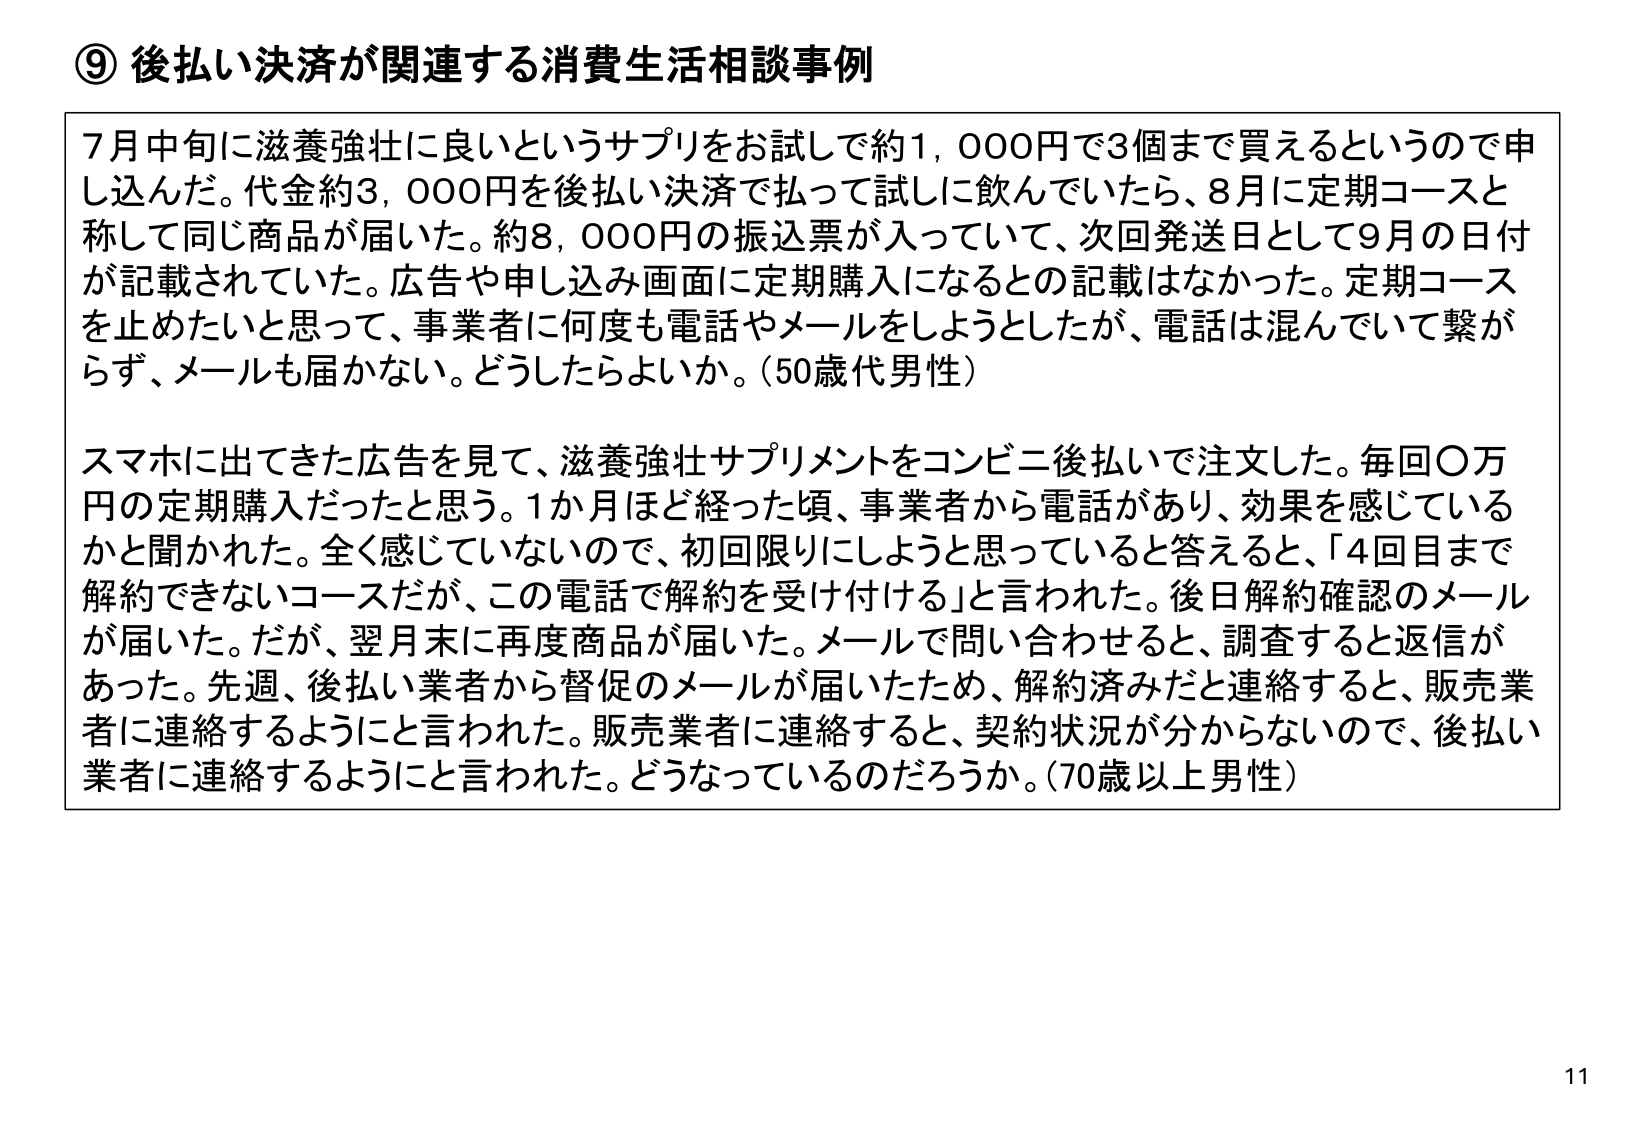
⑨ 後払い決済が関連する消費生活相談事例

7月中旬に滋養強壮に良いというサプリをお試しで約1,000円で3個まで買えるというので申し込んだ。代金約3,000円を後払い決済で払って試しに飲んでいたら、8月に定期コースと称して同じ商品が届いた。約8,000円の振込票が入っていて、次回発送日として9月の日付が記載されていた。広告や申し込み画面に定期購入になるとの記載はなかった。定期コースを止めたいと思って、事業者に何度も電話やメールをしようとしたが、電話は混んでいて繋がらず、メールも届かない。どうしたらよいか。（50歳代男性）

スマホに出てきた広告を見て、滋養強壮サプリメントをコンビニ後払いで注文した。毎回〇万円の定期購入だったと思う。1か月ほど経った頃、事業者から電話があり、効果を感じているかと聞かれた。全く感じていないので、初回限りにしようと思っていると答えると、「4回目まで解約できないコースだが、この電話で解約を受け付ける」と言われた。後日解約確認のメールが届いた。だが、翌月末に再度商品が届いた。メールで問い合わせると、調査すると返信があった。先週、後払い業者から督促のメールが届いたため、解約済みだと連絡すると、販売業者に連絡するようにと言われた。販売業者に連絡すると、契約状況が分からないので、後払い業者に連絡するようにと言われた。どうなっているのだろうか。（70歳以上男性）

11